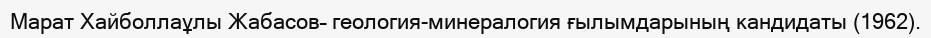
Марат Хайболлаұлы Жабасов– геология-минералогия ғылымдарының кандидаты (1962).